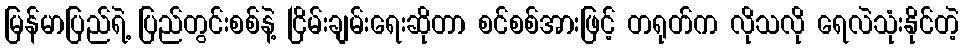
မြန်မာပြည်ရဲ့ ပြည်တွင်းစစ်နဲ့ ငြိမ်းချမ်းရေးဆိုတာ စင်စစ်အားဖြင့် တရုတ်က လိုသလို ရေလဲသုံးနိုင်တဲ့